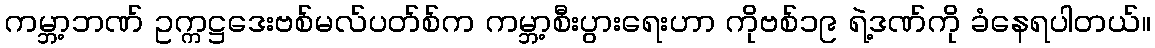
ကမ္ဘာ့ဘဏ် ဥက္ကဋ္ဌဒေးဗစ်မလ်ပတ်စ်က ကမ္ဘာ့စီးပွားရေးဟာ ကိုဗစ်၁၉ ရဲ့ဒဏ်ကို ခံနေရပါတယ်။